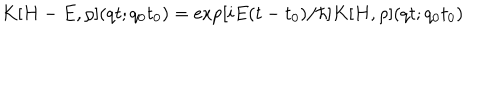
K [ H - E , \rho ] ( q t ; q _ { 0 } t _ { 0 } ) = \exp [ i E ( t - t _ { 0 } ) / \hbar ] K [ H , \rho ] ( q t ; q _ { 0 } t _ { 0 } )